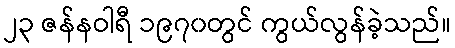
၂၃ ဇန်နဝါရီ ၁၉၇၀တွင် ကွယ်လွန်ခဲ့သည်။